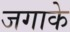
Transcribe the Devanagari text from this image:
जगाके